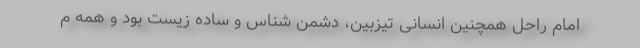
امام راحل همچنین انسانی تیزبین، دشمن شناس و ساده زیست بود و همه م